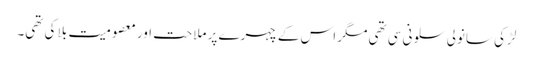
لڑکی سانولی سلونی سی تھی مگر اس کے چہرے پر ملاحت اور معصومیت بلا کی تھی۔